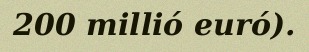
200 millió euró).